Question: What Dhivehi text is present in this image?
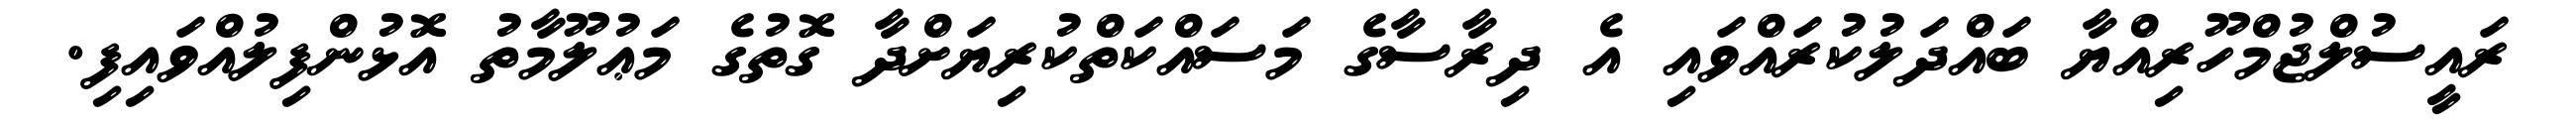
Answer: ރައީސުލްޖުމްހޫރިއްޔާ ބައްދަލުކުރައްވައި އެ ދިރާސާގެ މަސައްކަތްކުރިޔަށްދާ ގޮތުގެ މަޢުލޫމާތު އޮޅުންފިލުއްވައިފި.